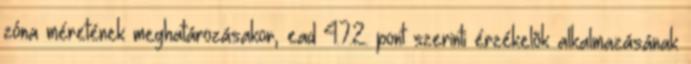
zóna méretének meghatározásakor, ead 4.7.2. pont szerinti érzékelõk alkalmazásának